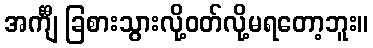
အင်္ကျီ ခြစားသွားလို့ဝတ်လို့မရတော့ဘူး။